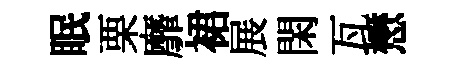
眠栗靡裙展閑瓦懋